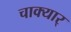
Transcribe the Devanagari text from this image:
चाक्यार्